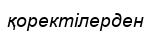
қоректілерден